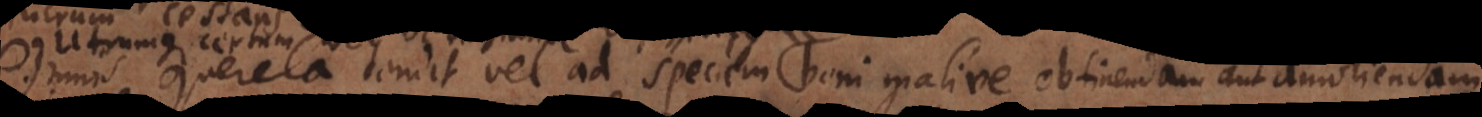
querela tendit vel ad speciem boni malive obtinendam aut amoliendam